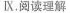
Ⅸ.阅读理解